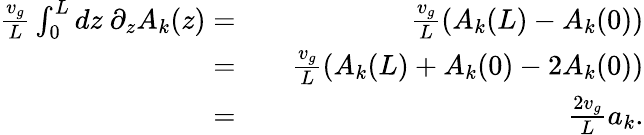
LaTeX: \begin{array}{rlr}{\frac{v_{g}}{L}\int_{0}^{L}dz\ \partial_{z}A_{k}(z)=}&{{}}&{\frac{v_{g}}{L}(A_{k}(L)-A_{k}(0))}\\ {=}&{{}}&{\frac{v_{g}}{L}(A_{k}(L)+A_{k}(0)-2A_{k}(0))}\\ {=}&{{}}&{\frac{2v_{g}}{L}a_{k}.}\end{array}